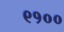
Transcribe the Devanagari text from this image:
९१००